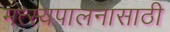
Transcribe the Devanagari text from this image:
मत्‍स्यपालनासाठी